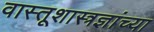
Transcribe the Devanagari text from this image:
वास्तूशास्त्रज्ञांच्या